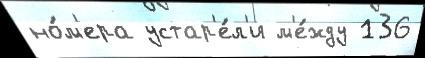
но́м'ера устар'е́л'и м'е́жду 136